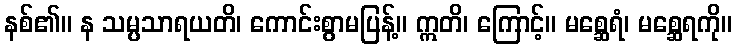
နစ်၏။ န သမ္ပသာရယတိ၊ ကောင်းစွာမပြန့်။ ဣတိ၊ ကြောင့်။ မစ္ဆေရံ၊ မစ္ဆေရကို။